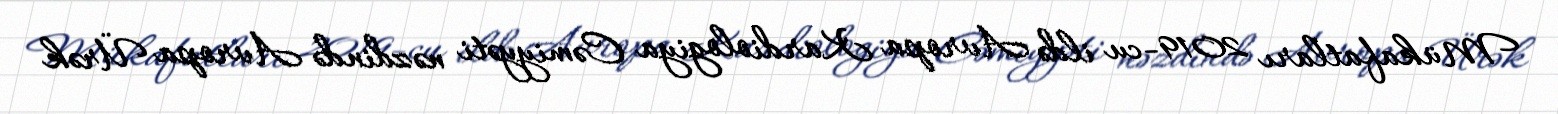
Mükafatları 2019-cu ildə Avropa Kardiologiya Cəmiyyəti nəzdində Avropa Ürək